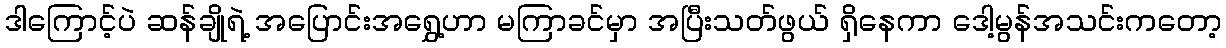
ဒါကြောင့်ပဲ ဆန်ချိုရဲ့ အပြောင်းအရွှေ့ဟာ မကြာခင်မှာ အပြီးသတ်ဖွယ် ရှိနေကာ ဒေါ့မွန်အသင်းကတော့